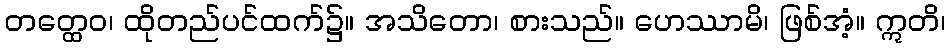
တတ္ထေဝ၊ ထိုတည်ပင်ထက်၌။ အသိတော၊ စားသည်။ ဟေဿာမိ၊ ဖြစ်အံ့။ ဣတိ၊